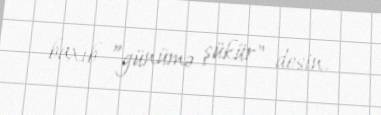
baxıb ”günümə şükür" desin.